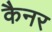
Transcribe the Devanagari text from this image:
कैनर